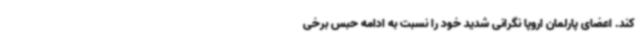
کند. اعضای پارلمان اروپا نگرانی شدید خود را نسبت به ادامه حبس برخی